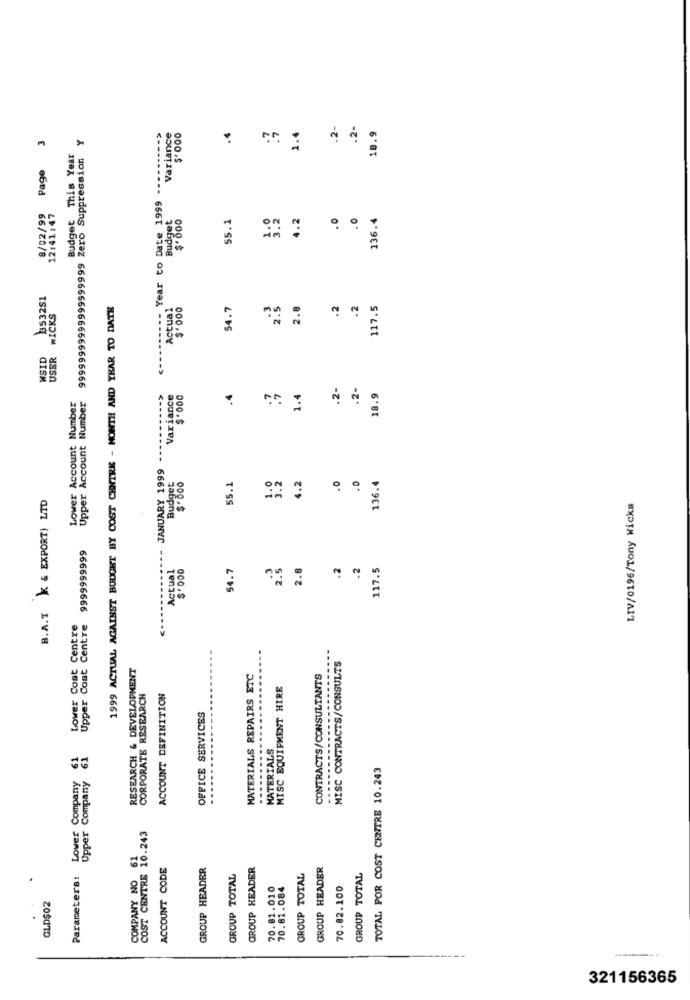
.4
.2-
.2-
18.9
Page 3
----- Year to Date 1999 --------- >
Variance
$'000
1.4
Y
Budget This Year
99999999999999999999 Zero Suppression
8/02/99
12:41:47
Budget
$'000
55.1
1.0
1.2
136.4
353251
WICKS
1999 ACTUAL AGAINST BUDGET BY COST CENTRE - MONTH AND YEAR TO DATE
Actual
$'000
54.7
2.5
2.8
2
.2
117.5
MSID
USER
.2-
2-
Lower Account Number
Upper Account Number
Variance
$ .000
1.4
18.9
JANUARY 1999
Budget
4.2
.0
.0
$'000
55.1
136.4
B.A.T K & EXPORT) LTD
LIV/0196/Tony Wicks
Upper Cost Centre 9999999999
Actual
$'000
54.7
2.8
.2
.2
117.5
Lower Cost Centre
MISC CONTRACTS/CONSULTS
RESEARCH & DEVELOPMENT
MATERIALS REPAIRS ETC
CONTRACTS/CONSULTANTS
MISC EQUIPMENT HIRE
CORPORATE RESEARCH
ACCOUNT DEFINITION
OFFICE SERVICES
-----.....
MATERIALS
61
TOTAL FOR COST CENTRE 10.243
Lower Company
Company
Upper
COST CENTRE 10.243
61
ACCOUNT CODE
GROUP HEADER
GROUP HEADER
GROUP HEADER
Parameters:
COMPANY NO
GROUP TOTAL
GROUP TOTAL
GROUP TOTAL
70.81.010
70.81.084
70.82.100
GLD$02
321156365